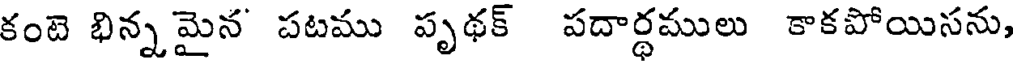
కంటె భిన్న మైన పటము పృథక్ పదార్ధములు కాకపోయిసను,